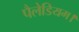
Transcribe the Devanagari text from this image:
पैलेडियम।